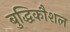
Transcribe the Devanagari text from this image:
बुद्धिकौशल